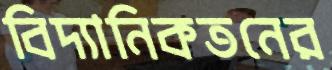
বিদ্যানিকতনের